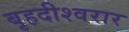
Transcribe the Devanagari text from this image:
बृहदीश्वरार